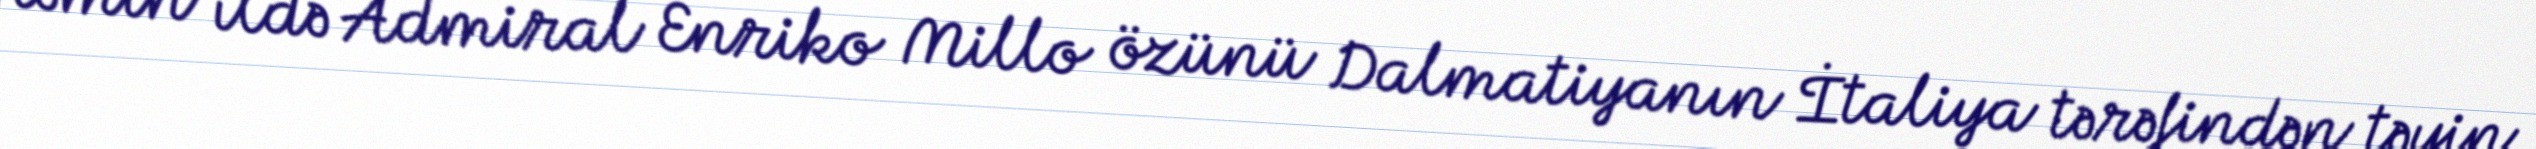
Həmin ildə Admiral Enriko Millo özünü Dalmatiyanın İtaliya tərəfindən təyin